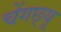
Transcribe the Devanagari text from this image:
चेंगछ्यू